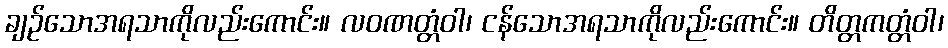
ချဉ်သောအရသာကိုလည်းကောင်း။ လဝဏတ္တံဝါ၊ ငန်သောအရသာကိုလည်းကောင်း။ တိတ္တကတ္တံဝါ၊